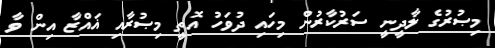
މިޞުރުގެ ލާދީނީ ސަރުކާރުން މިހައި ދުވަހު އޮތީ މިޞުރާއި ޣައްޒާ އިން ވާ